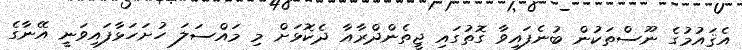
އެޤައުމުގެ ނޫސްތަކުން ބުނެފައިވާ ގޮތުގައި ޖީތެންދްރާއާ ދެކޮޅަށް މި މައްސަލަ ހުށަހަޅާފައިވަނީ އޭނާގެ